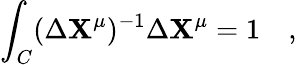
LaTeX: \int_{C}(\Delta\mathbf{X}^{\mu})^{-1}\Delta\mathbf{X}^{\mu}=1\quad,